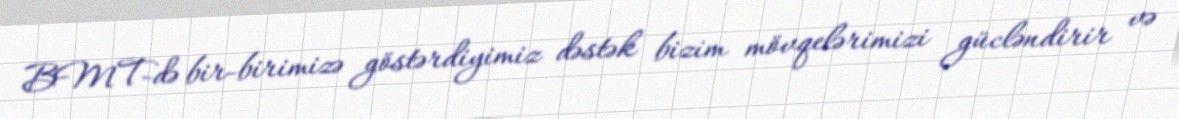
BMT-də bir-birimizə göstərdiyimiz dəstək bizim mövqelərimizi gücləndirir və